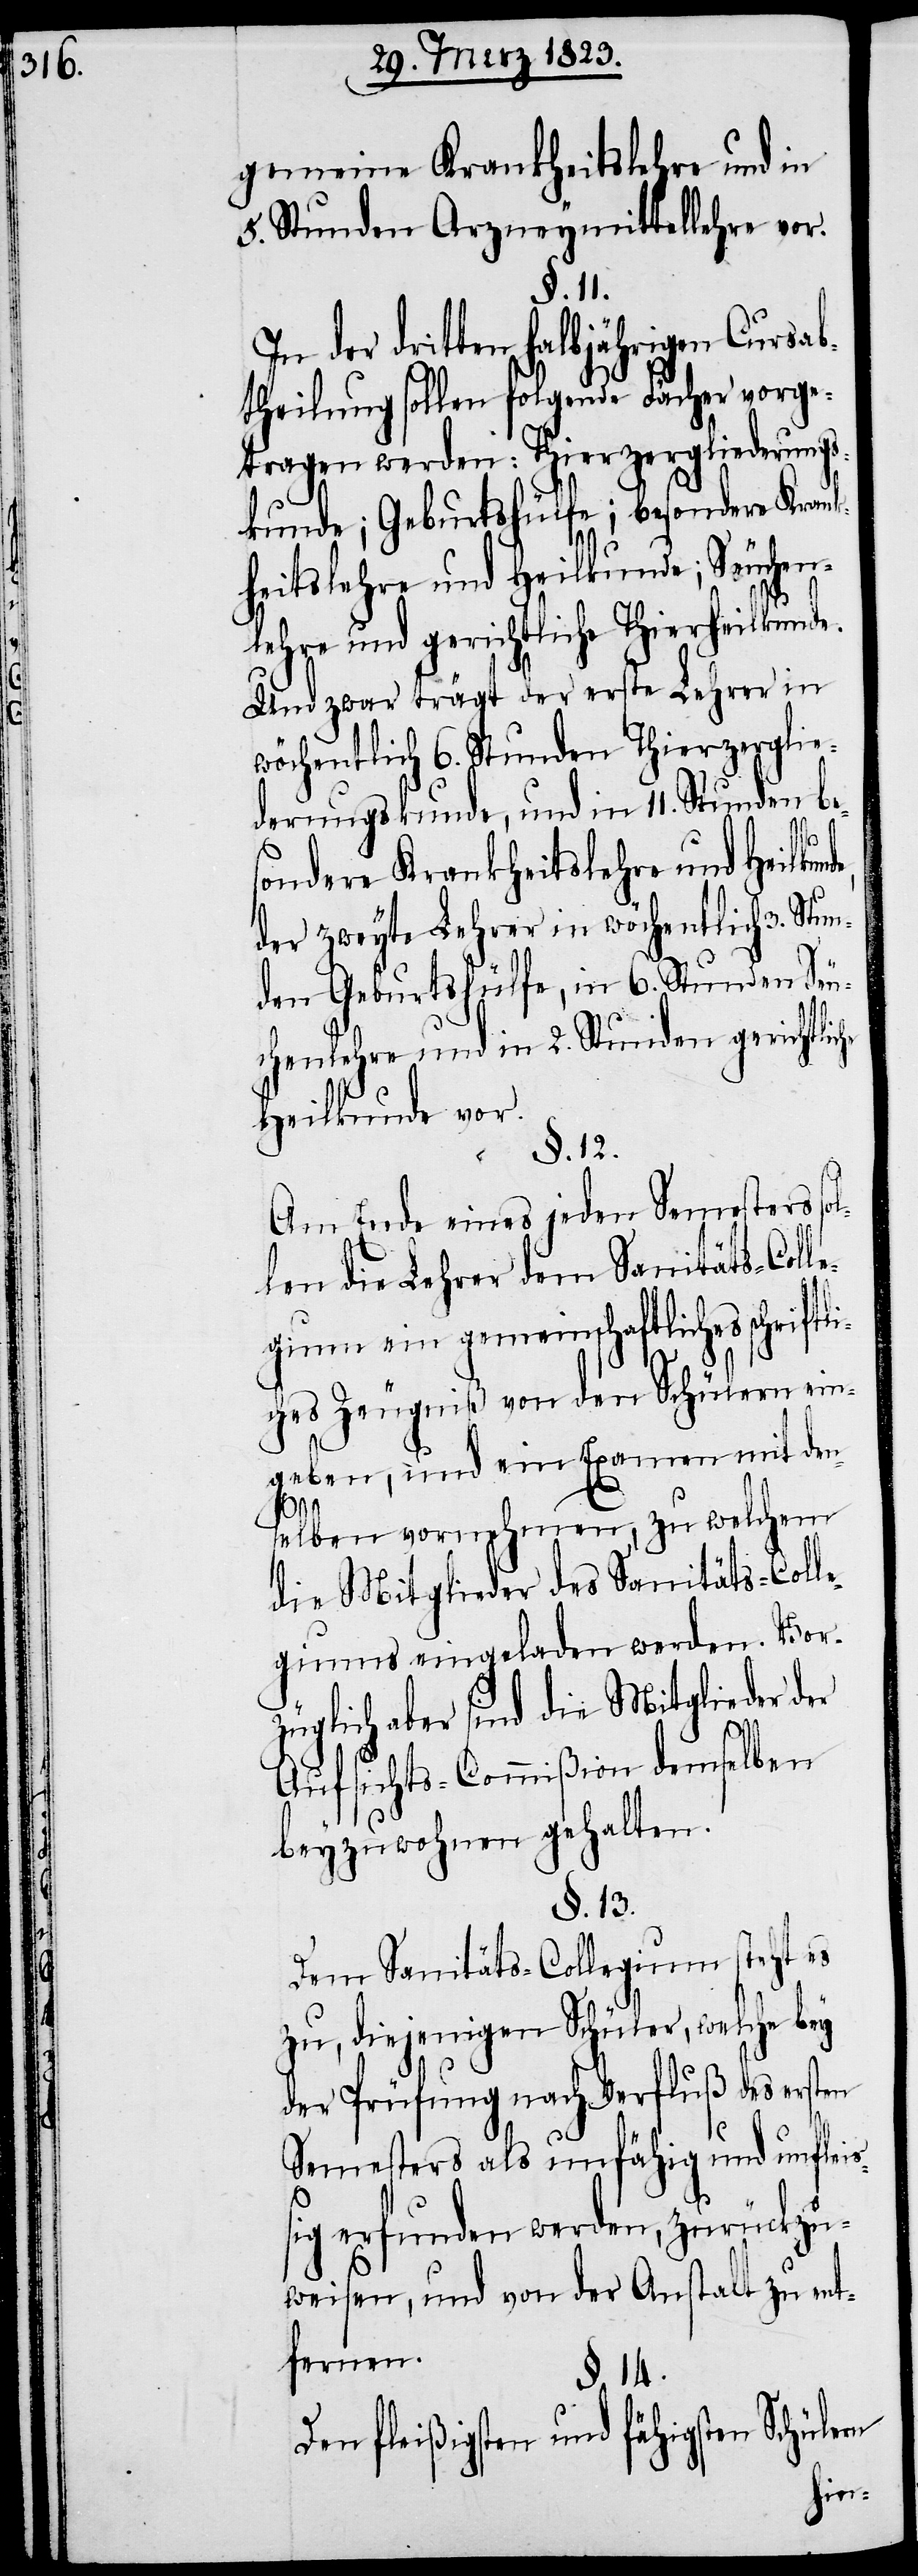
gemeine Krankheitslehre und in
5. Stunden Arzneymittellehre vor.
§. 11.
In der dritten halbjährigen Cursab¬
theilung sollen folgende Fächer vorge¬
tragen werden: Thierzergliederungs¬
kunde; Geburtshülfe; besondere Krank¬
heitslehre und Heilkunde; Seuchen¬
lehre und gerichtliche Thierheilkund¬
Und zwar trägt der erste Lehrer in
wöchentlich 6. Stunden Thierzerglie¬
derungskunde, und in 11. Stunden be¬
sondere Krankheitslehre und Heilkun¬
der zweyte Lehrer in wöchentlich 3. Stun¬
den Geburtshülfe, in 6. Stunden Seu¬
chenlehre und in 2. Stunden gerichtliche
Heilkunde vor.
Am Ende eines jeden Semesters sol¬
len die Lehrer dem Sanitäts-Colle¬
gium ein gemeinschaftliches schrift¬
liches Zeugniß von den Schülern ein¬
geben, und ein Examen mit den¬
de,
selben vornehmen, zu welchem
die Mitglieder des Sanitäts-Colle¬
giums eingeladen werden. Vor¬
züglich aber sind die Mitglieder der
Aufsichts-Commißion demselben
beyzuwohnen gehalten.
§. 13.
Dem Sanitäts-Collegium steht es
zu, diejenigen Schüler, welche bey
der Prüfung nach Verfluß des ersten
Semesters als unfähig und unflei¬
ßig erfunden werden, zurückzu¬
weisen, und von der Anstalt zu ent¬
fernen.
§. 14.
Den fleißigsten und fähigsten Schülern